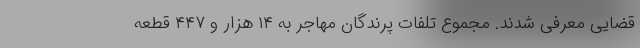
قضایی معرفی شدند. مجموع تلفات پرندگان مهاجر به ۱۴ هزار و ۴۴۷ قطعه